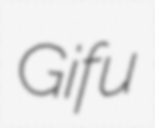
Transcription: Gifu